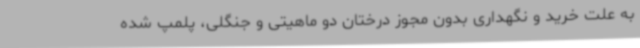
به علت خرید و نگهداری بدون مجوز درختان دو ماهیتی و جنگلی، پلمپ شده